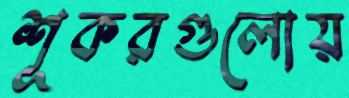
শূকরগুলোয়